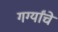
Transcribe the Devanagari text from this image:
गर्ग्यांचे